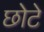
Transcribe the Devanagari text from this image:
छोेटे